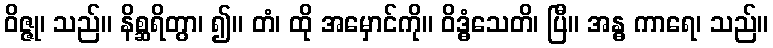
ဝိဇ္ဇု၊ သည်။ နိစ္ဆရိတွာ၊ ၍။ တံ၊ ထို အမှောင်ကို။ ဝိဒ္ဓံသေတိ၊ ပြီ။ အန္ဓ ကာရေ၊ သည်။